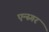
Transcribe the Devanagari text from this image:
एन्स्गर